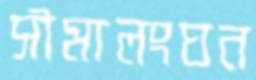
সীমালংঘন